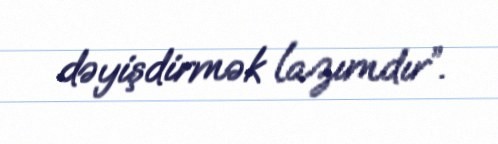
dəyişdirmək lazımdır”.